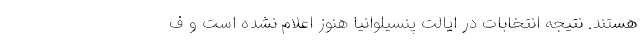
هستند. نتیجه انتخابات در ایالت پنسیلوانیا هنوز اعلام نشده است و ف